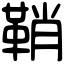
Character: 鞘